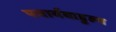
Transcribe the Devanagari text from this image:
पयार्यबाहुल्य